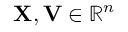
\mathbf { X } , \mathbf { V } \in \mathbb { R } ^ { n }